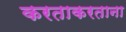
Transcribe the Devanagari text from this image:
करताकरताना